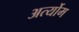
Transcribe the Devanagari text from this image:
अर्त्योम